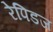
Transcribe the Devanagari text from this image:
रेपिडज